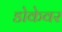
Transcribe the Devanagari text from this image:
डोकेवर